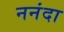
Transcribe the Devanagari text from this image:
ननंदा